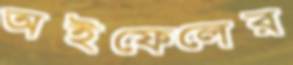
অইফেলের